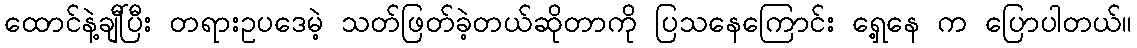
ထောင်နဲ့ချီပြီး တရားဥပဒေမဲ့ သတ်ဖြတ်ခဲ့တယ်ဆိုတာကို ပြသနေကြောင်း ရှေ့နေ က ပြောပါတယ်။